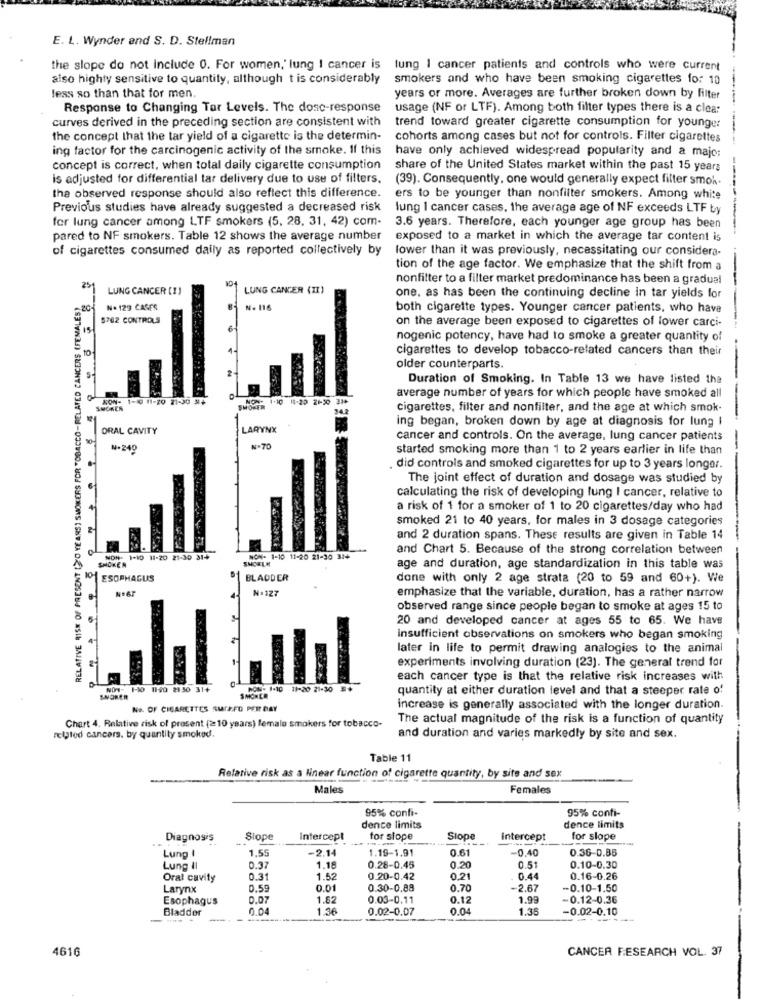
E. L. Wynder and S. D. Stellman
the slope do not Include 0. For women,' lung I cancer is lung I cancer patients and controls who were current
also highly sensitive to quantity, although t is considerably
smokers and who have been smoking cigarettes for 10
less so than that for men.
years or more. Averages are further broken down by filter
Response to Changing Tar Levels. The dosc-response
usage (NF or LTF). Among both filter types there is a clear
curves derived in the preceding section are consistent with
trend toward greater cigarette consumption for younger
the concept that the tar yield of a cigarette is the determin-
cohorts among cases but not for controls. Filter cigarettes
ing factor for the carcinogenic activity of the smoke. If this
have only achieved widespread popularity and a majo:
concept is correct, when total daily cigarette consumption
share of the United States market within the past 15 years
is adjusted for differential tar delivery due to use of filters.
(39). Consequently, one would generally expect filter smok.
---
the observed response should also reflect this difference.
ers to be younger than nonfilter smokers. Among white
Previous studies have already suggested a decreased risk
lung I cancer cases, the average age of NF exceeds LTF by
for lung cancer among LTF smokers (5, 28, 31, 42) com-
3.6 years. Therefore, each younger age group has been
pared to NF smokers. Table 12 shows the average number
exposed to a market in which the average tar content is
of cigarettes consumed daily as reported collectively by
lower than it was previously, necessitating our considera-
tion of the age factor. We emphasize that the shift from a
10
nonfilter to a filter market predominance has been a gradual
25
LUNG CANCER (1)
LUNG CANCER (II)
RELATIVE RISK OF PRESENT (>'D YEARS) SMOKERS FOR "OBACCO-RELATED CANCERS (FEMALES)
one. as has been the continuing decline in tar yields for
No 129 CASES
N. 116
both cigarette types. Younger cancer patients, who have
5762 CONTROLS
on the average been exposed to cigarettes of lower carci-
15
6-
nogenic potency, have had to smoke a greater quantity of
1.
cigarettes to develop tobacco-related cancers than their
2
older counterparts.
Duration of Smoking. In Table 13 we have listed the
KON- 1-10 11-20 21-30 34
1.10 11-20 2130 314
average number of years for which people have smoked all
SMOKER
342
cigarettes, filter and nonfilter, and the age at which smok-
ing began, broken down by age at diagnosis for lung I
ORAL CAVITY
LARYNX
cancer and controls. On the average, lung cancer patients
N-240
N.70
started smoking more than 1 to 2 years earlier in life than
did controls and smoked cigarettes for up to 3 years longer.
The joint effect of duration and dosage was studied by
calculating the risk of developing lung I cancer, relative to
a risk of 1 for a smoker of 1 to 20 cigarettes/day who had
smoked 21 to 40 years, for males in 3 dosage categories
and 2 duration spans. These results are given in Table 14
and Chart 5. Because of the strong correlation between
SHOKEN
NON- 1-10 11-20 21-30 314
SHOELE
NON- 1-10 11-20 21-30 314
age and duration, age standardization in this table was
ESOPHAGUS
BLADDER
done with only 2 age strata (20 to 59 and 60+). We
N=127
emphasize that the variable, duration, has a rather narrow
observed range since people began to smoke at ages 15 to
20 and developed cancer at ages 55 to 65. We have
insufficient observations on smokers who began smoking
later in life to permit drawing analogies to the animal
experiments involving duration (23). The general trend for
each cancer type is that the relative risk increases with
NON- 10 1190 21:30 31+
PON- 1-10 11-20 21-30 5
quantity at either duration level and that a steeper rate of
SNORER
SMORER
No. OF CIGARETTES SUIFFD PER DAY
increase is generally associated with the longer duration.
The actual magnitude of the risk is a function of quantity
Chart 4. Relative risk of prosent (210 years) female smokers for tobacco-
related cancers. by quantity smoked.
and duration and varies markedly by site and sex.
Table 11
Relative risk as a Nnear function of cigarette quantity, by site and sex
Males
Females
95% conti-
95% confi-
dence limits
dence limits
Diagnosis
Slope
Intercept
for slope
Slope
intercept
for slope
1.55
-2.14
1.19-1.91
0.61
-0,40
0.36-0.85
Lung I
Lung II
0.37
1.18
0.28-0.45
0.20
0.51
0.10-0.30
Oral cavity
0.31
1.52
0.20-0.42
0.21
0.44
0.16-0.26
Larynx
0.59
0.01
0.30-0,88
0.70
-2.67
-0.10-1.50
Esophagus
0.07
1.62
0.03-0.11
0.12
1.99
-0.12-0.36
Bladder
0.04
1.36
0.02-0.07
0.04
1.35
-0.02-0.10
-.
4616
CANCER FESEARCH VOL. 37